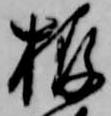
栫